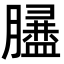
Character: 𦡿